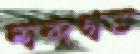
শব্দগত